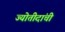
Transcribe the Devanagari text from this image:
ज्योतीदांची